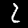
Digit: 2